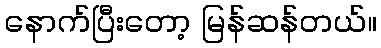
နောက်ပြီးတော့ မြန်ဆန်တယ်။